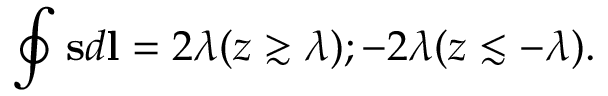
\oint \mathbf { s } d \mathbf { l } = 2 \lambda ( z \gtrsim \lambda ) ; - 2 \lambda ( z \lesssim - \lambda ) .